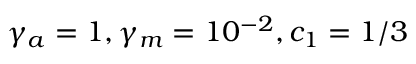
\gamma _ { a } = 1 , \gamma _ { m } = 1 0 ^ { - 2 } , c _ { 1 } = 1 / 3